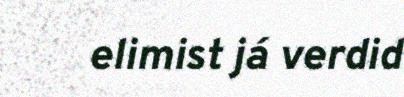
elimist já verdid